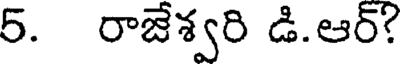
5. రాజేశ్వరి డి.ఆర్?